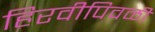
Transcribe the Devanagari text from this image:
हिरवीपिवळी